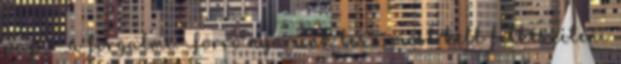
papír a forgalmi. Forró nyarunk lesz, most kell felkészíteni